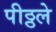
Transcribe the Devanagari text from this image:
पीठ्ठले